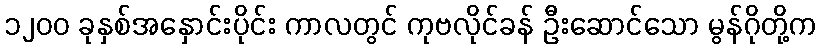
၁၂၀၀ ခုနှစ်အနှောင်းပိုင်း ကာလတွင် ကုဗလိုင်ခန် ဦးဆောင်သော မွန်ဂိုတို့က